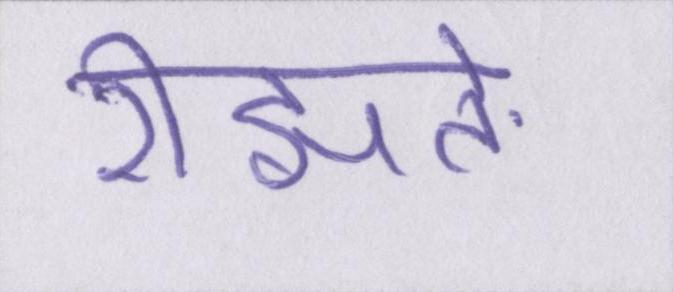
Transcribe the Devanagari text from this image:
रीझते